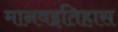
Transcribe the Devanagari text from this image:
मानवइतिहास